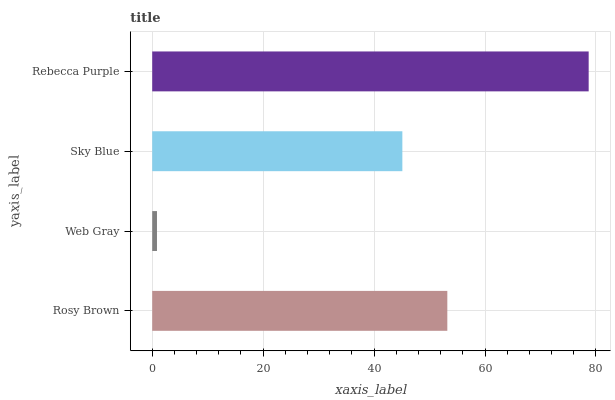
| yaxis_label | bars |
 | --- | --- |
 | Rosy Brown | 53.2 |
 | Web Gray | 0.859 |
 | Sky Blue | 45.1 |
 | Rebecca Purple | 78.7 |